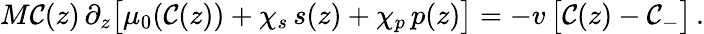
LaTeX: M\mathcal{C}(z)\, \partial_{z}\bigl[\mu_{0}(\mathcal{C}(z))+\chi_{s}\, s(z)+\chi_{p}\, p(z)\bigr]=-v\, \bigl[\mathcal{C}(z)-\mathcal{C}_{-}\bigr]\, .